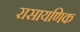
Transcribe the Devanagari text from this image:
रासायणिक